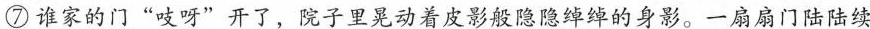
⑦谁家的门”吱呀”开了，院子里晃动着皮影般隐隐绰绰的身影。一扇扇门陆陆续